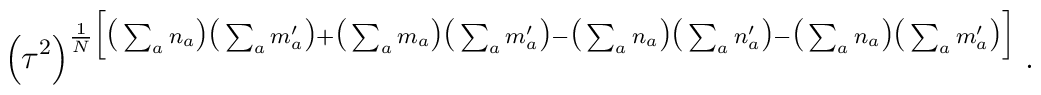
\Big( \tau^2 \Big)^{ \frac{1}{N} \Big[\big(\sum_a n_a\big) \big(\sum_a m^\prime_a\big) +\big(\sum_a m_a\big) \big(\sum_a m^\prime_a\big) -\big(\sum_a n_a\big) \big(\sum_a n^\prime_a\big) -\big(\sum_a n_a\big) \big(\sum_a m^\prime_a\big) \Big]} \; .